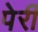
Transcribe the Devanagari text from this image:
पेर्री